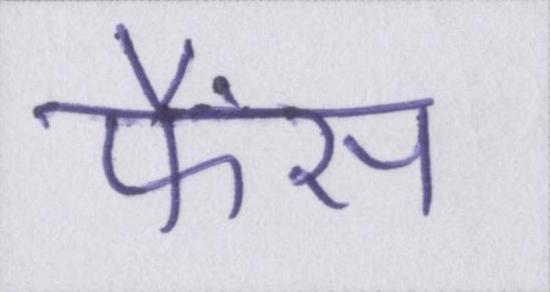
फैंस